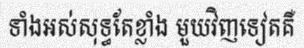
ទាំងអស់សុទ្ធតែខ្លាំង មួយវិញទៀតគឺ